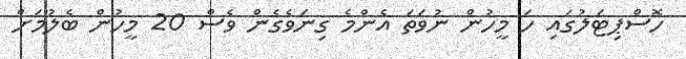
ހޮސްޕިޓަލުގައި ހަ މީހުން ނުވަތަ އެންމެ ގިނަވެގެން ވެސް 20 މީހުން ބެލުމަށް